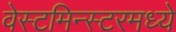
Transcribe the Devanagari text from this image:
वेस्टमिन्स्टरमध्ये